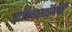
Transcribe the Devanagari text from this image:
टॉलस्टॉयची